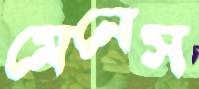
মেনেস